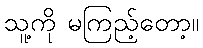
သူ့ကို မကြည့်တော့။